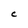
Character: C